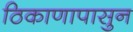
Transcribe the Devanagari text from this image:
ठिकाणापासुन